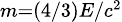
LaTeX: \scriptstyle{m=(4/3)E/c^{2}}